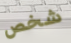
شخص